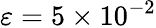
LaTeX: \varepsilon=5\times 10^{-2}